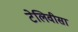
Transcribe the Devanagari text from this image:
टेलिवीसा